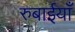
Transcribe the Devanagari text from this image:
रुबाईयाँ